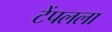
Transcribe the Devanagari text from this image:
टेंपलला